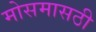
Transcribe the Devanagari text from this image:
मोसमासठी